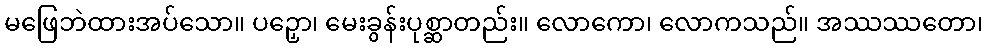
မဖြေဘဲထားအပ်သော။ ပဉှော၊ မေးခွန်းပုစ္ဆာတည်း။ လောကော၊ လောကသည်။ အဿဿတော၊